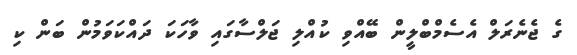
ގެ ޖެނެރަލް އެސެމްބްލީން ބޭއްވި ކުއްލި ޖަލްސާގައި ވާހަކަ ދައްކަވަމުން ބަން ކި